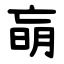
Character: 朚